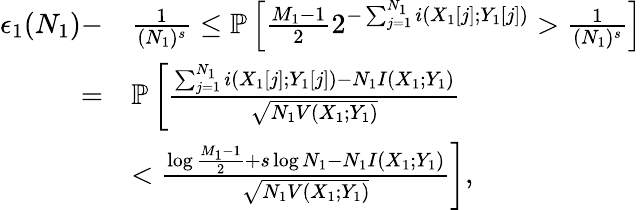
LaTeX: \begin{array}{rl}{\epsilon_{1}(N_{1})-}&{\frac{1}{(N_{1})^{s}}\leq\mathbb{P}\left[\frac{M_{1}-1}{2}2^{-\sum_{j=1}^{N_{1}}i(X_{1}[j];Y_{1}[j])}>\frac{1}{(N_{1})^{s}}\right]}\\ {=}&{\mathbb{P}\left[\frac{\sum_{j=1}^{N_{1}}i(X_{1}[j];Y_{1}[j])-N_{1}I(X_{1};Y_{1})}{\sqrt{N_{1}V(X_{1};Y_{1})}}\right.}\\ &{<\left.\frac{\log\frac{M_{1}-1}{2}+s\log N_{1}-N_{1}I(X_{1};Y_{1})}{\sqrt{N_{1}V(X_{1};Y_{1})}}\right],}\end{array}